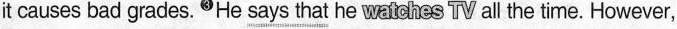
it causes bad grades.3He \underline{says that} he watdhes TV all the time. However,